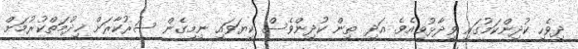
ދިވެހި ކުދިންކަމުގައި ވިދާޅުވިއެވެ. އަދި ތިން ކުދިންވެސް ކިޔަވައި ނިމިގެން ސަރުކާރަށް ޚިދުމަތްކުރުމަށް